Annual administration report of the Civil Veterinary Department, Sind - 1938-1939
Year: 1938
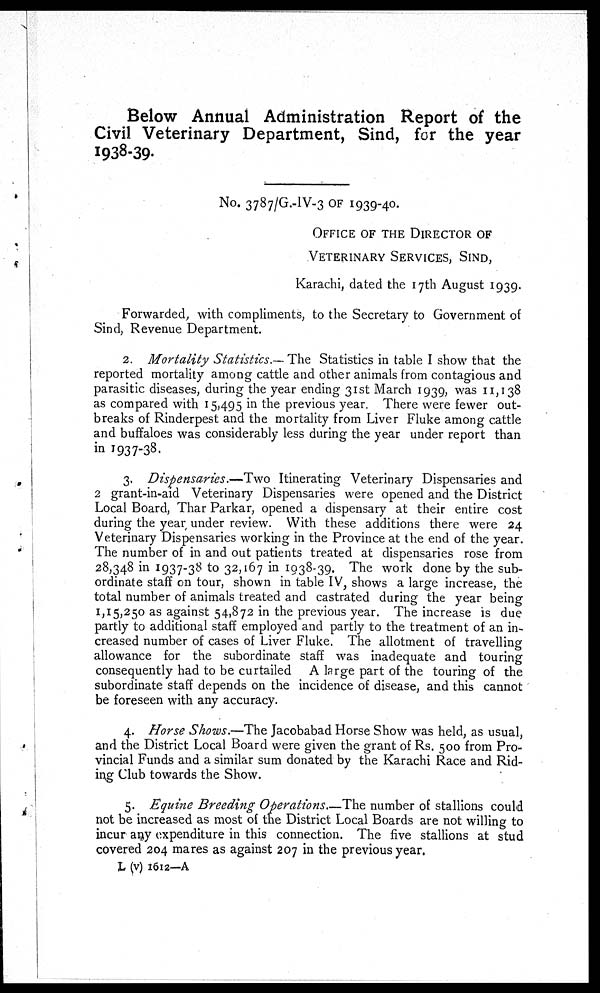
Below Annual Administration Report of the
Civil Veterinary Department, Sind, for the year
I938-39.
No. 3787/G.-IV-3 OF 1939-40.
OFFICE OF THE DIRECTOR OF
VETERINARY SERVICES, SIND,
Karachi, dated the 17th August 1939.
Forwarded, with compliments, to the Secretary to Government of
Sind, Revenue Department.
2. Mortality Statistics.— The Statistics in table I show that the
reported mortality among cattle and other animals from contagious and
parasitic diseases, during the year ending 31st March 1939, was 11,138
as compared with 15495 in the previous year. There were fewer out-
breaks of Rinderpest and the mortality from Liver Fluke among cattle
and buffaloes was considerably less during the year under report than
in 1937-38.
3. Dispensaries.—Two Itinerating Veterinary Dispensaries and
2 grant-in-aid Veterinary Dispensaries were opened and the District
Local Board, Thar Parkar, opened a dispensary at their entire cost
during the year under review. With these additions there were 24
Veterinary Dispensaries working in the Province at the end of the year.
The number of in and out patients treated at dispensaries rose from
28,348 in 1937-38 to 32,167 in 1038-39. The work done by the sub-
ordinate staff on tour, shown in table IV, shows a large increase, the
total number of animals treated and castrated during the year being
1,15,250 as against 54,872 in the previous year. The increase is due
partly to additional staff employed and partly to the treatment of an in-
creased number of cases of Liver Fluke. The allotment of travelling
allowance for the subordinate staff was inadequate and touring
consequently had to be curtailed A large part of the touring of the
subordinate staff depends on the incidence of disease, and this cannot
be foreseen with any accuracy.
4. Horse Shows.—The Jacobabad Horse Show was held, as usual,
and the District Local Board were given the grant of Rs. 500 from Pro-
vincial Funds and a similar sum donated by the Karachi Race and Rid-
ing Club towards the Show.
5. Equine Breeding Operations. The number of stallions could
not be increased as most of the District Local Boards are not willing to
incur any expenditure in this connection. The five stallions at stud
covered 204 mares as against 207 in the previous year.
L (v) 1612—A